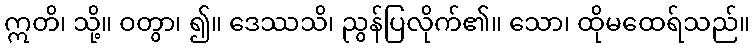
ဣတိ၊ သို့။ ဝတွာ၊ ၍။ ဒေဿသိ၊ ညွန်ပြလိုက်၏။ သော၊ ထိုမထေရ်သည်။